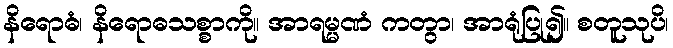
နိရောဓံ၊ နိရောဓသစ္စာကို။ အာရမ္မဏံ ကတွာ၊ အာရုံပြု၍။ စတူသုပိ၊